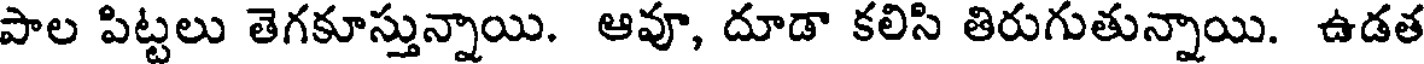
పాల పిట్టలు తెగకూస్తున్నాయి. ఆవూ, దూడా కలిసి తిరుగుతున్నాయి. ఉడత